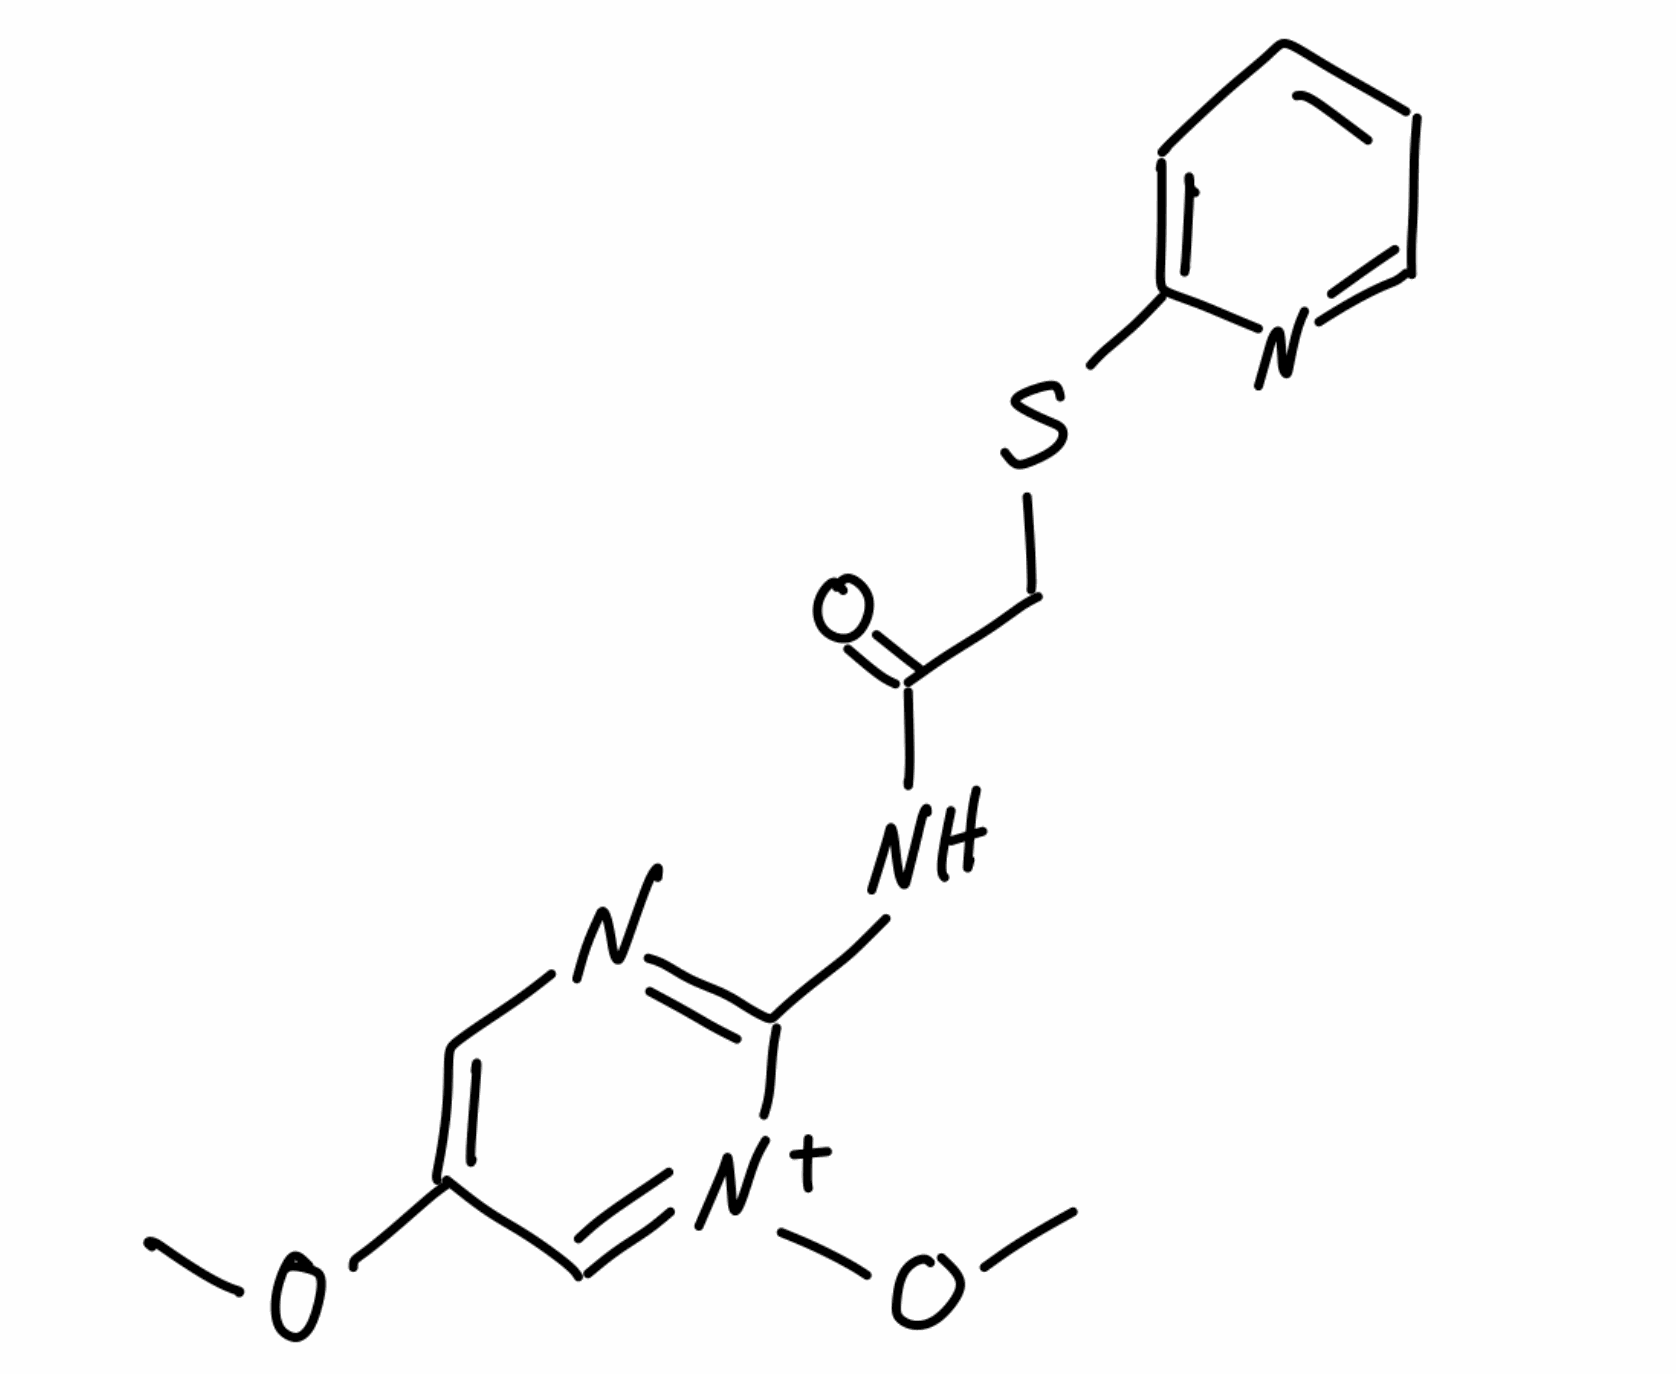
Simplified molecular-input line-entry system (SMILES) notation of the given molecule:
COC1=CN=C([N+](=C1)OC)NC(=O)CSC2=CC=CC=N2